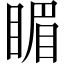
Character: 睸